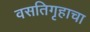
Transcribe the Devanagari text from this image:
वसतिगृहाचा